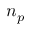
n _ { p }